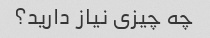
چه چیزی نیاز دارید؟